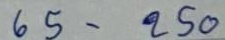
65 - 250